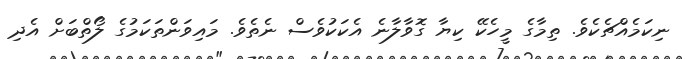
ނިކަމެއްޗެކެވެ. ތިމާގެ މީހެކޭ ކިޔާ ގޮވާލާނެ އެކަކުވެސް ނެތެވެ. މައިވަންތަކަމުގެ ލޯތްބަށް އެދި